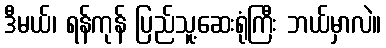
ဒီမယ်၊ ရန်ကုန် ပြည်သူ့ဆေးရုံကြီး ဘယ်မှာလဲ။